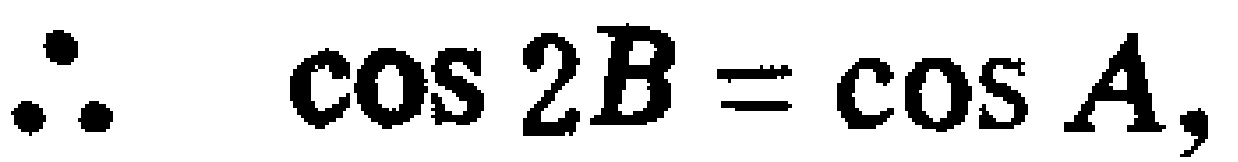
\(\therefore \cos 2B = \cos A,\)